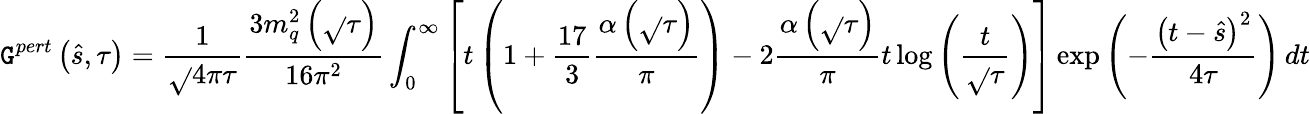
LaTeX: \mathtt{G}^{pert}\left(\hat{{s}},\tau\right)=\frac{{1}}{{\sqrt{}{{4\pi\tau}}}}\frac{{3m_{q}^{2}\left(\sqrt{}{{\tau}}\right)}}{{16\pi^{2}}}\int_{0}^{\infty}\left[t\left(1+\frac{{17}}{{3}}\frac{{\alpha\left(\sqrt{}{{\tau}}\right)}}{{\pi}}\right)-2\frac{{\alpha\left(\sqrt{}{{\tau}}\right)}}{{\pi}}t\log{\left(\frac{{t}}{{\sqrt{}{{\tau}}}}\right)}\right]\exp{\left(-\frac{{\left(t-\hat{{s}}\right)^{2}}}{{4\tau}}\right)}\, dt